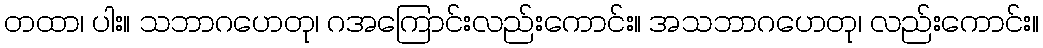
တထာ၊ ပါး။ သဘာဂဟေတု၊ ဂအကြောင်းလည်းကောင်း။ အသဘာဂဟေတု၊ လည်းကောင်း။